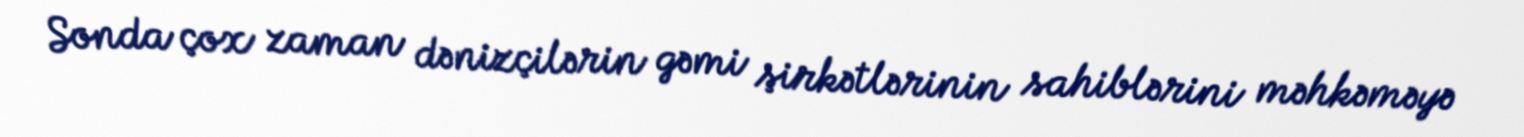
Sonda çox zaman dənizçilərin gəmi şirkətlərinin sahiblərini məhkəməyə